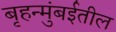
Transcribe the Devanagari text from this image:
बृहन्मुंबईतील